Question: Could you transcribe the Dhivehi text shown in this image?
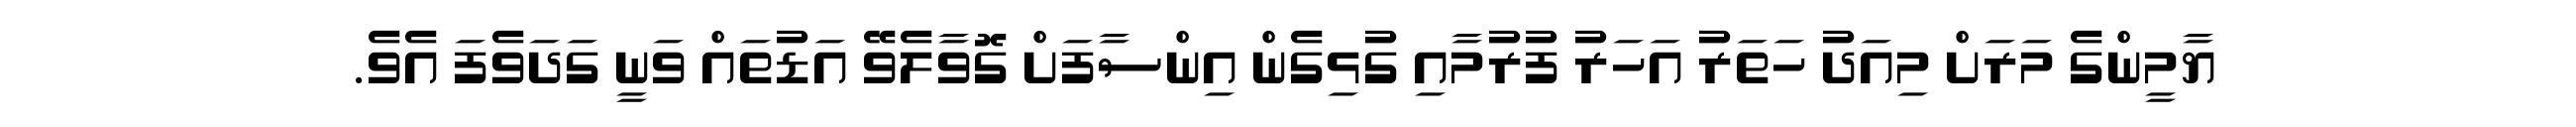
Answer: ޔާމީންގެ މަރަށް މިއަދު ހަތަރު އަހަރު ފުރުމާއި ގުޅިގެން އިންސާފަށް ގޮވާލެވޭ އަޑުތައް ވަނީ ގަދަވެފަ އެވެ.